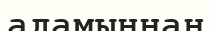
адамыңнан